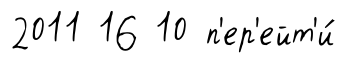
2011 16 10 п'ер'ейт'и́